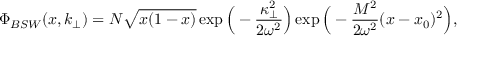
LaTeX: \Phi _ { B S W } ( x , k _ { \bot } ) = { \cal N } \sqrt { x ( 1 - x ) } \exp \Big ( - { \frac { \kappa _ { \bot } ^ { 2 } } { 2 \omega ^ { 2 } } } \Big ) \exp \Big ( - { \frac { M ^ { 2 } } { 2 \omega ^ { 2 } } } ( x - x _ { 0 } ) ^ { 2 } \Big ) ,